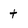
Character: t